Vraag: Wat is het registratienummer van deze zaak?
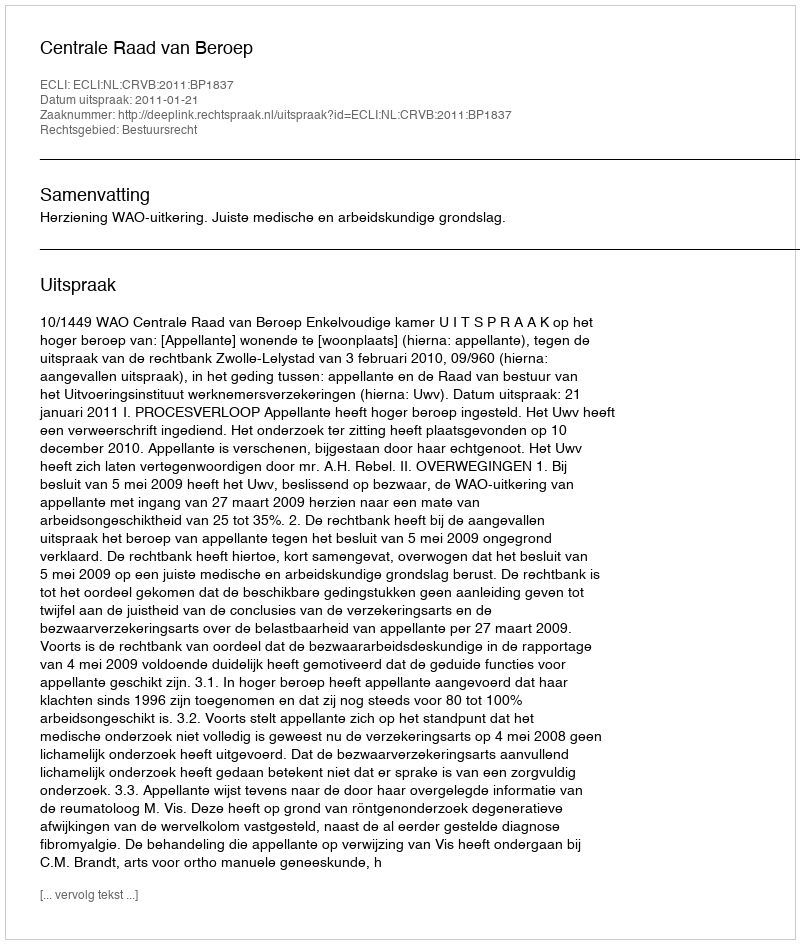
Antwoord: http://deeplink.rechtspraak.nl/uitspraak?id=ECLI:NL:CRVB:2011:BP1837